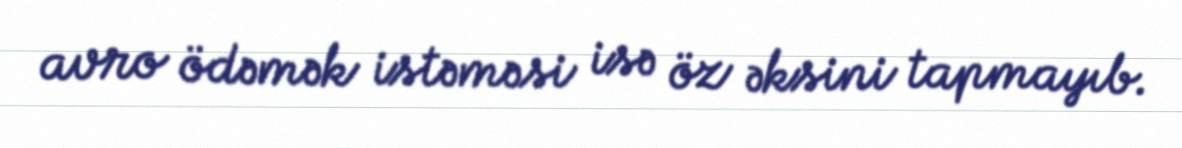
avro ödəmək istəməsi isə öz əksini tapmayıb.